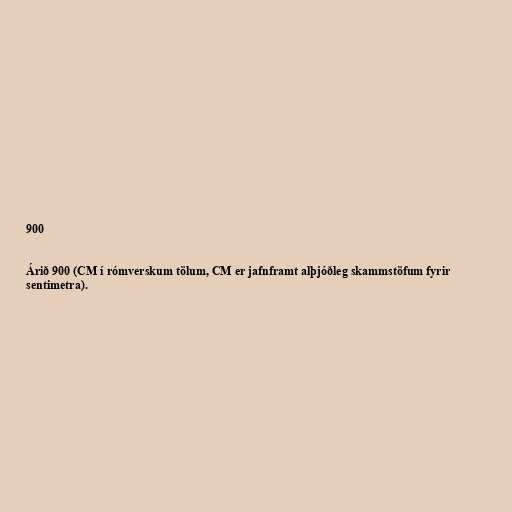
900

Árið 900 (CM í rómverskum tölum, CM er jafnframt alþjóðleg skammstöfum fyrir
sentimetra).